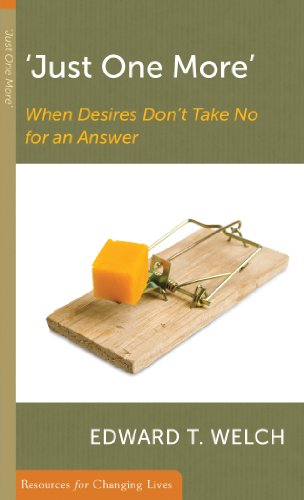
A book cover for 'Just One More': When Desires Don't Take No for an Answer (Resources for Changing Lives); Edward T. Welch; Christian Books & Bibles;